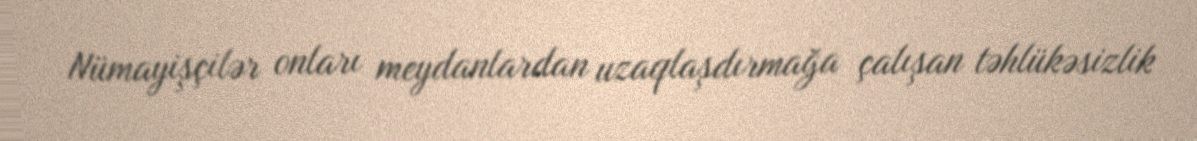
Nümayişçilər onları meydanlardan uzaqlaşdırmağa çalışan təhlükəsizlik